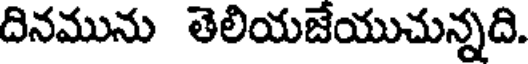
దినమును తెలియజేయుచున్నది.